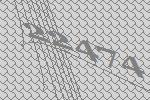
22474